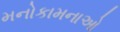
મનોકામનાઓ